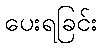
ပေးရခြင်း